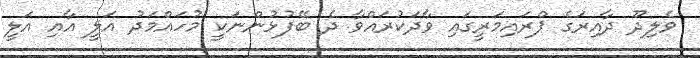
ވެލިދޫ ދާއިރަގެ ޕްރައިމަރީގައި ވާދަކުރައްވާ ދެ ބޭފުޅުންނަކީ މުހައްމަދު އަލީ އާއި އަލީ